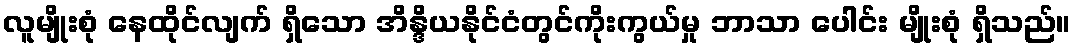
လူမျိုးစုံ နေထိုင်လျက် ရှိသော အိန္ဒိယနိုင်ငံတွင်ကိုးကွယ်မှု ဘာသာ ပေါင်း မျိုးစုံ ရှိသည်။